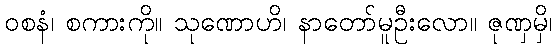
ဝစနံ၊ စကားကို။ သုဏောဟိ၊ နာတော်မူဦးလော။ ဇုဏှမှိ၊